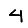
Digit: 4